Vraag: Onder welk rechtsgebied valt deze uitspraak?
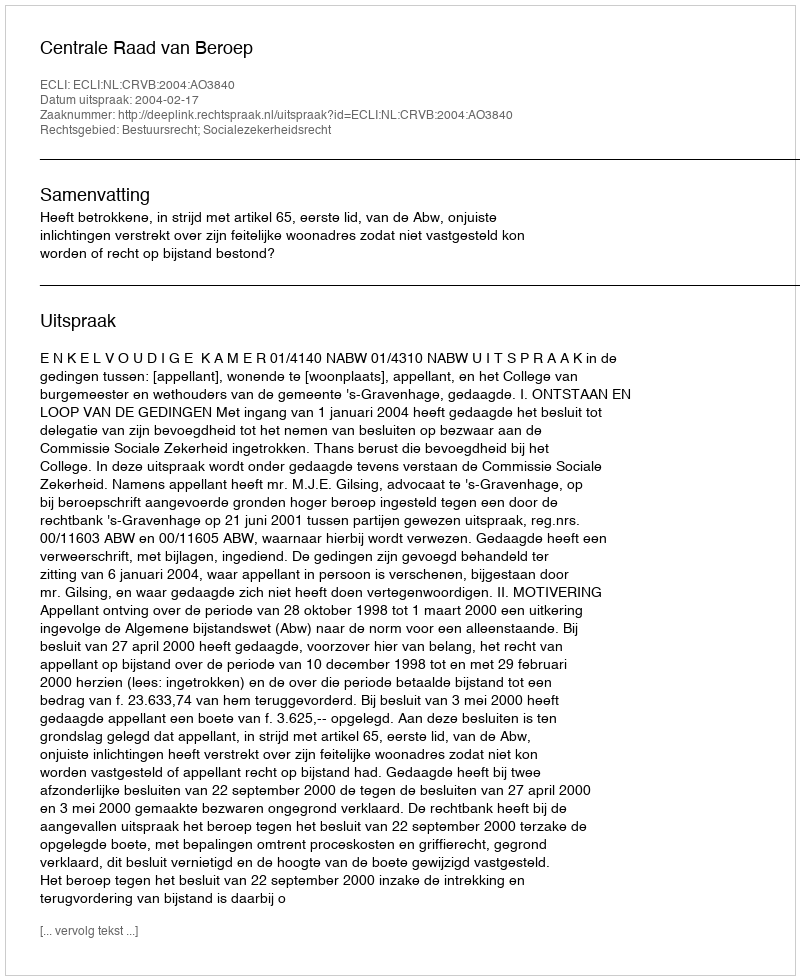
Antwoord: Bestuursrecht; Socialezekerheidsrecht